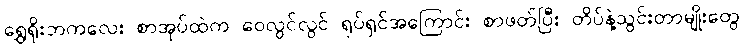
ရွှေရိုးဘကလေး စာအုပ်ထဲက ဝေလွင်လွင် ရုပ်ရှင်အကြောင်း စာဖတ်ပြီး တိပ်နဲ့သွင်းတာမျိုးတွေ